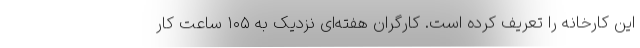
این کارخانه را تعریف کرده است. کارگران هفته‌ای نزدیک به ۱۰۵ ساعت کار